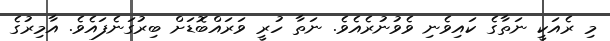
މި ރެއަކީ ނަތާގެ ކައިވެނި ވެވުނުރެއެވެ. ނަތާ ހުރީ ވަރައްބޮޑަށް ބިރުގަނެފައެވެ. އާމިރުގެ